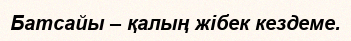
Батсайы – қалың жібек кездеме.